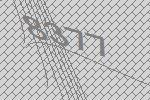
8377